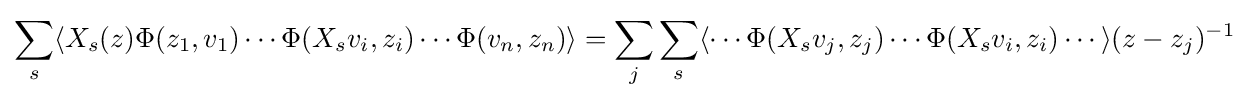
\sum _{s}\langle X_{s}(z)\Phi (z_{1},v_{1})\cdots \Phi (X_{s}v_{i},z_{i})\cdots \Phi (v_{n},z_{n})\rangle =\sum _{j}\sum _{s}\langle \cdots \Phi (X_{s}v_{j},z_{j})\cdots \Phi (X_{s}v_{i},z_{i})\cdots \rangle (z-z_{j})^{-1}